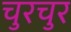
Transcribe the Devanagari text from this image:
चुरचुर